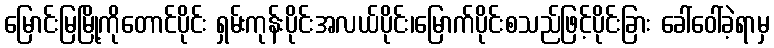
မြောင်းမြမြို့ကိုတောင်ပိုင်း ရှမ်းကုန်းပိုင်းအလယ်ပိုင်း၊မြောက်ပိုင်းစသည်ဖြင့်ပိုင်းခြား ခေါ်ဝေါ်ခဲ့ရာမှ